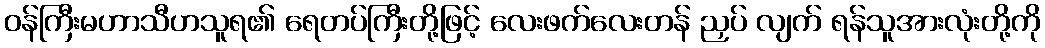
ဝန်ကြီးမဟာသီဟသူရ၏ ရေတပ်ကြီးတို့ဖြင့် လေးဖက်လေးတန် ညှပ် လျက် ရန်သူအားလုံးတို့ကို